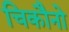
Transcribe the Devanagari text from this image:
चिकौनो